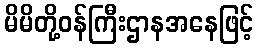
မိမိတို့ဝန်ကြီးဌာနအနေဖြင့်